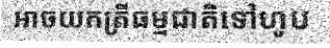
អាចយកត្រីធម្មជាតិទៅហូប